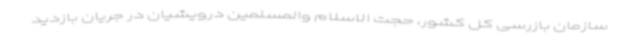
سازمان بازرسی کل کشور، حجت الاسلام والمسلمین درویشیان در جریان بازدید